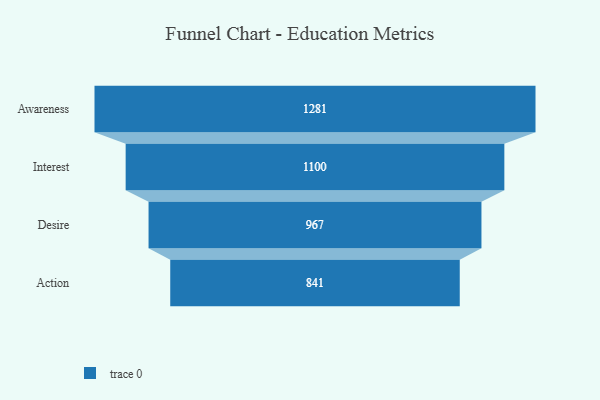
{"axis": {"x": "Stage", "y": "Value"}, "legend": [""], "data": [{"x": "Awareness", "y": 1281.0, "type": ""}, {"x": "Interest", "y": 1100.0, "type": ""}, {"x": "Desire", "y": 967.0, "type": ""}, {"x": "Action", "y": 841.0, "type": ""}]}